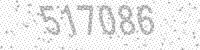
Solution: 517086